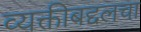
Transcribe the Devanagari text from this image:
व्यक्तीबद्दलचा